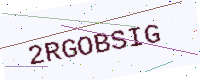
Text: 2RGOBSIG